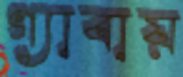
গ্যাবায়